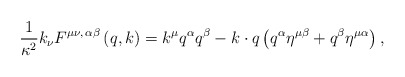
\begin{align*}{\frac {1}{\kappa^2}}k_\nu F^{\mu \nu ,\,\alpha \beta }\left( q,k\right)=k^\mu q^\alpha q^\beta -k\cdot q\left( q^\alpha \eta ^{\mu \beta }+q^\beta\eta ^{\mu \alpha }\right) ,\end{align*}